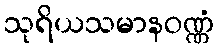
သုရိယသမာနဝဏ္ဏံ